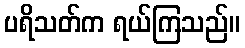
ပရိသတ်က ရယ်ကြသည်။